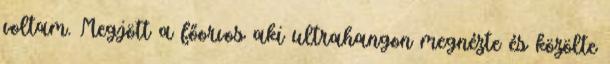
voltam. Megjött a főorvos aki ultrahangon megnézte és közölte